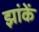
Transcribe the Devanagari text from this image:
झांकें